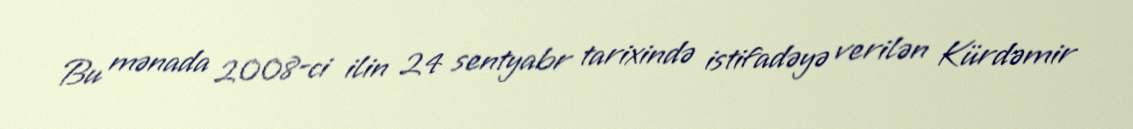
Bu mənada 2008-ci ilin 24 sentyabr tarixində istifadəyə verilən Kürdəmir